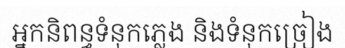
អ្នកនិពន្ធទំនុកភ្លេង និងទំនុកច្រៀង